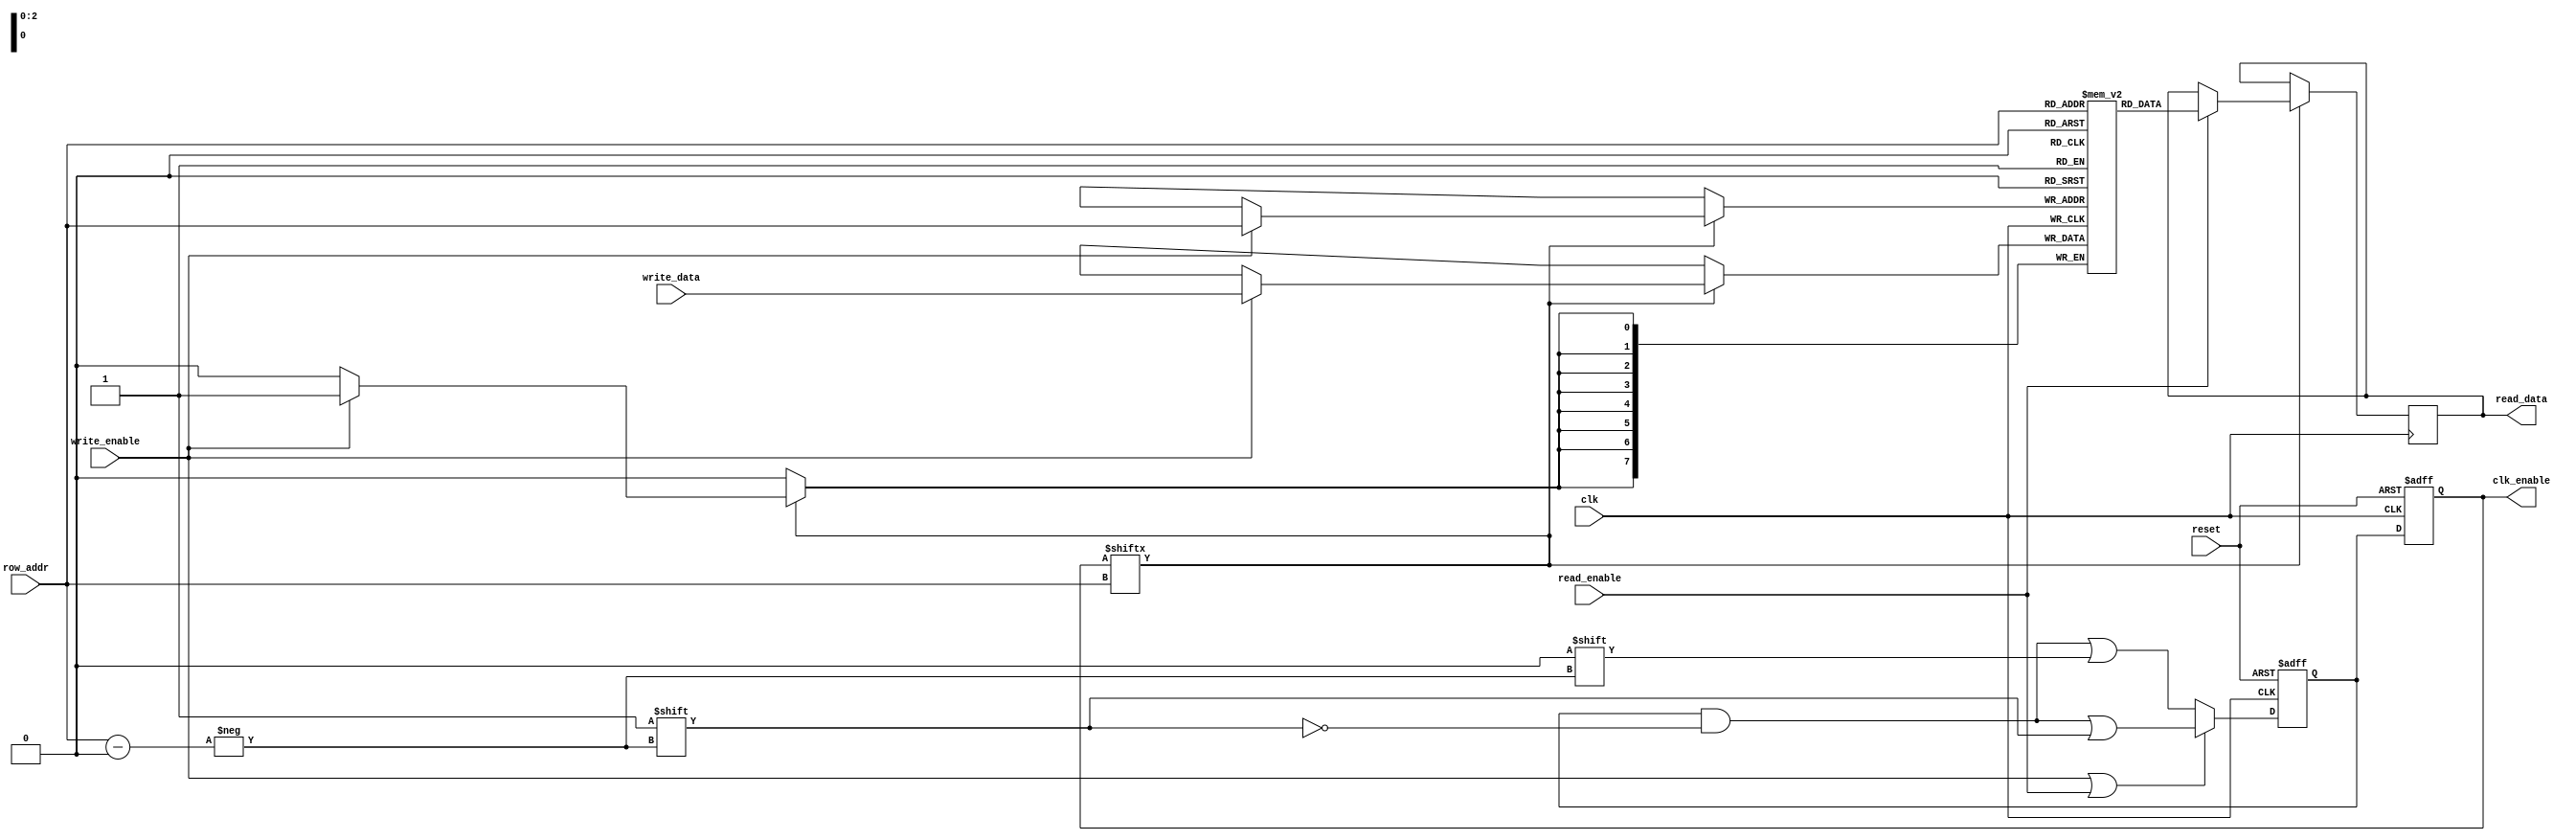
module MemoryBlock #(
    parameter ROWS = 8,       // Number of rows
    parameter COLS = 8,       // Number of columns
    parameter ADDR_WIDTH = 3  // Address width for rows
)(
    input wire clk,                     // Main clock input
    input wire reset,                   // Reset signal
    input wire [ADDR_WIDTH-1:0] row_addr, // Row address
    input wire [COLS-1:0] write_data,  // Data to write
    input wire read_enable,             // Read enable signal
    input wire write_enable,            // Write enable signal
    output reg [COLS-1:0] read_data,   // Data read output
    output wire [ROWS-1:0] clk_enable   // Clock enable signals for each row
);

    // Memory array
    reg [COLS-1:0] memory [0:ROWS-1];

    // Activity detection and clock gating logic
    reg [ROWS-1:0] activity;             // Activity signals for each row
    reg [ROWS-1:0] clk_enable_reg;       // Registered clock enable signals

    // Activity detection logic
    always @(posedge clk or posedge reset) begin
        if (reset) begin
            activity <= 0;
        end else begin
            // Detect activity for the row being accessed
            if (write_enable || read_enable) begin
                activity[row_addr] <= 1'b1; // Mark row as active
            end else begin
                activity[row_addr] <= 1'b0;  // Mark row as inactive
            end
        end
    end

    // Clock gating logic
    always @(posedge clk or posedge reset) begin
        if (reset) begin
            clk_enable_reg <= 0;
        end else begin
            // Enable clock for active rows
            clk_enable_reg <= activity;
        end
    end

    // Assign output clock enables
    assign clk_enable = clk_enable_reg;

    // Memory read/write operations
    always @(posedge clk) begin
        if (clk_enable_reg[row_addr]) begin // Only operate if clock is enabled for the row
            if (write_enable) begin
                memory[row_addr] <= write_data; // Write data to memory
            end
            if (read_enable) begin
                read_data <= memory[row_addr];   // Read data from memory
            end
        end
    end

endmodule